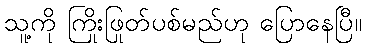
သူ့ကို ကြိုးဖြုတ်ပစ်မည်ဟု ပြောနေပြီ။